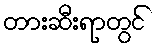
တားဆီးရာတွင်